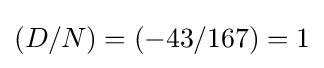
(D/N)=(-43/167)=1